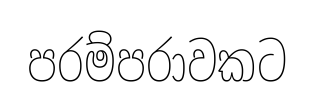
පරම්පරාවකට